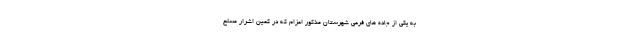
به یکی از جاده های فرعی شهرستان مذکور اعزام که در کمین اشرار مسلح